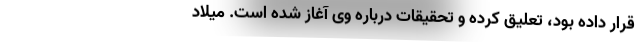
قرار داده بود، تعلیق کرده و تحقیقات درباره وی آغاز شده است. میلاد